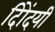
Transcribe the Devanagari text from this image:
दिोंदयी